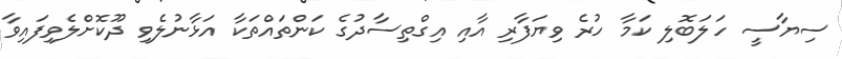
ސިޔާސީ ހަލަބޮލި ކަމާ ހުރެ ވިޔަފާރި އާއި އިގްތިސާދުގެ ކަންތައްތަކާ އަޅާނުލެވި ދޫކޮށްލެވިފައިވާ